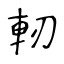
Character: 軔